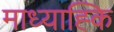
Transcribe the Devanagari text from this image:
माध्याह्कि